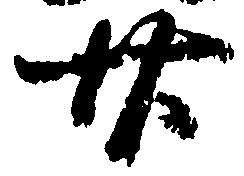
廿